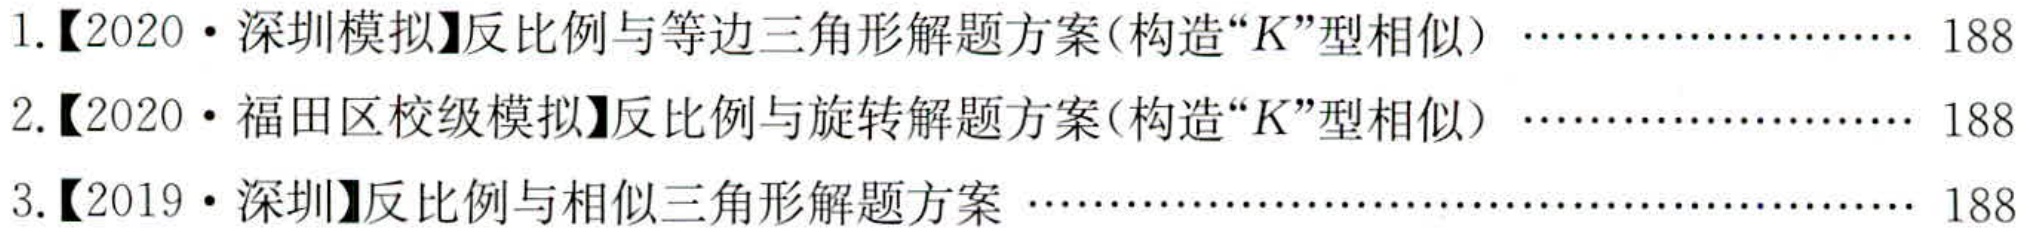
1.【2020 • 深圳模拟】反比例与等边三角形解题方案(构造“K”型相似) ………………… 188
2.【2020 • 福田区校级模拟】反比例与旋转解题方案(构造“K”型相似) ………………… 188
3.【2019 • 深圳】反比例与相似三角形解题方案 …………………………………………… 188